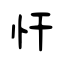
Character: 忓